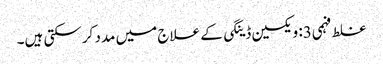
غلط فہمی3: ویکسین ڈینگی کے علاج میں مدد کرسکتی ہیں۔